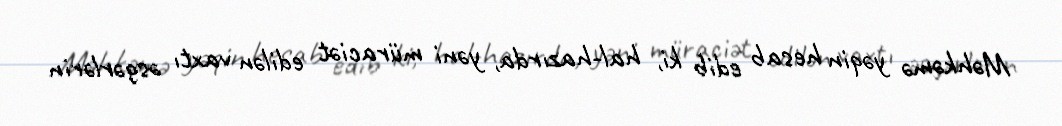
Məhkəmə yəqin hesab edib ki, hal-hazırda, yəni müraciət edilən vaxtı əsgərlərin